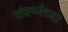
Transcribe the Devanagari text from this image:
संस्थ्येच्या